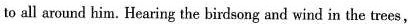
to all arond him. Hearing the birlsong and wind in the trees,